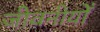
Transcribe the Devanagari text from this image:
जीवनीयोँ